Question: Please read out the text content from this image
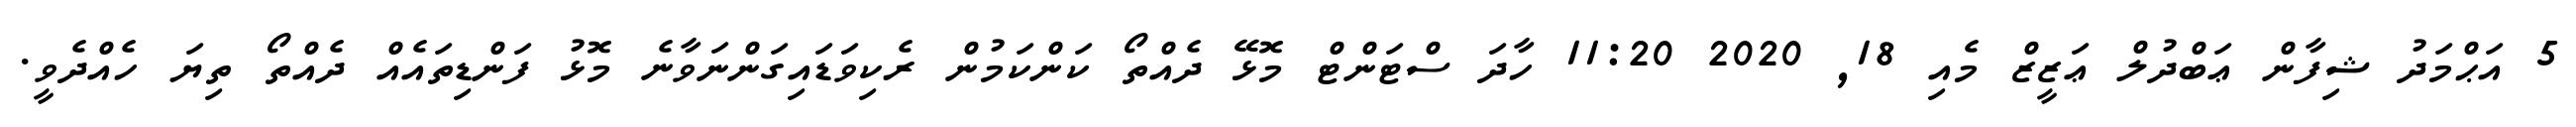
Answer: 5 އަޙްމަދު ޝިފާން ޢަބްދުލް ޢަޒީޒް މެއި 18, 2020 11:20 ހާދަ ސްޓަންޓް މޮޅޭ ދެއްތޯ ކަންކަމުން ރެކިވަޑައިގަންނަވާނެ މޮޅު ފަންޑިތައެއް ދެއްތޯ ތިޔަ ހެއްދެވީ.